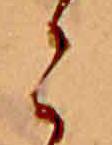
こ